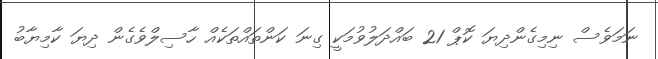
ނަމަވެސް ނިމިގެންދިޔަ ކޮޕް 21 ބައްދަލުވުމަކީ ގިނަ ކަންތައްތަކެއް ހާސިލްވެގެން ދިޔަ ކާމިޔާބު